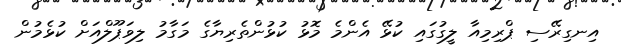
އިނގިރޭސި ޕްރިމިއާ ލީގުގައި ކުޅޭ އެންމެ މޮޅު ކުޅުންތެރިޔާގެ މަގާމު ލިވަޕޫލްއަށް ކުޅެމުން